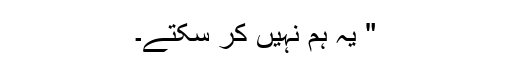
" یہ ہم نہیں کر سکتے۔